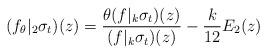
LaTeX: \begin{align*} (f_{\theta}|_2{\sigma_t})(z)=\frac{\theta(f|_k {\sigma_t})(z)}{(f|_k {\sigma_t})(z)}-\frac{k}{12}E_2(z)\end{align*}